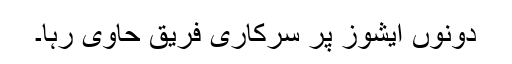
دونوں ایشوز پر سرکاری فریق حاوی رہا۔